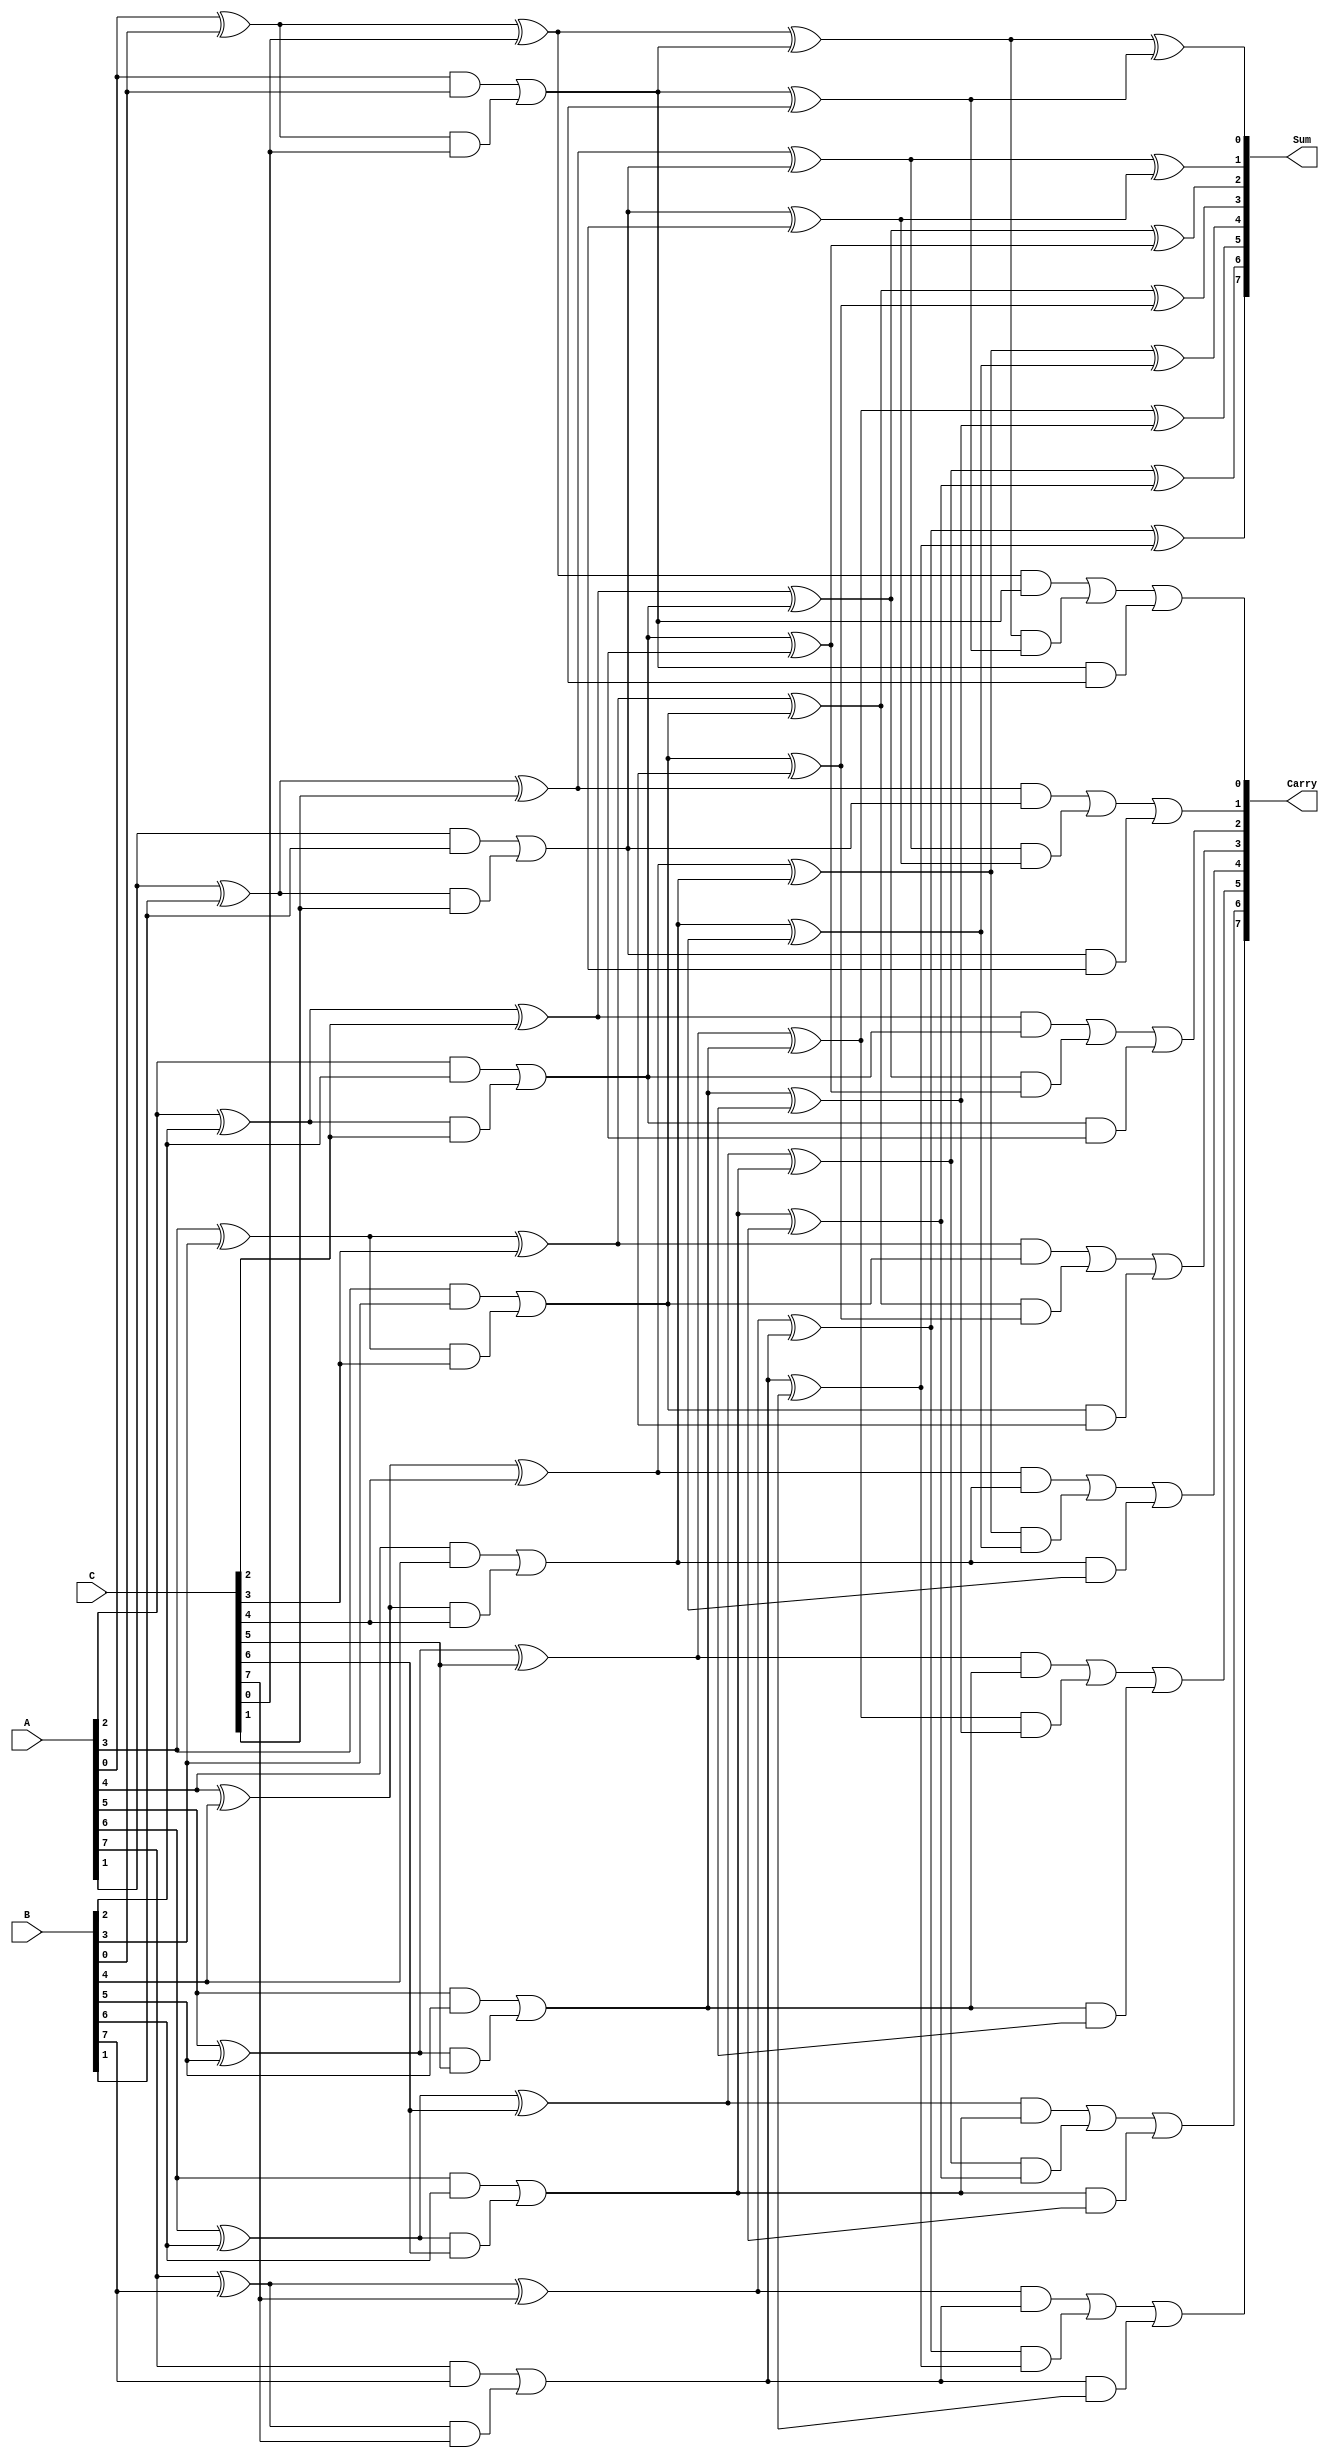
module CarrySaveAdder(
    input [N-1:0] A,  // First input
    input [N-1:0] B,  // Second input
    input [N-1:0] C,  // Third input
    output reg [N-1:0] Sum,  // Final Sum output
    output reg [N-1:0] Carry  // Final Carry output
);
    parameter N = 8;  // Width of the inputs, can be adjusted

    // Intermediate sums and carries
    wire [N-1:0] S, C1, S2, C2;

    // Carry Save Logic
    genvar i;
    generate
        for (i = 0; i < N; i = i + 1) begin: CSA_stage
            // Full adder for each bit position
            wire s1, c1, c2;
            assign s1 = A[i] ^ B[i];
            assign c1 = A[i] & B[i];
            assign S[i] = s1 ^ C[i];
            assign C1[i] = c1 | (s1 & C[i]);
            // Assigning carry to next stage
            assign C2[i] = C1[i];
        end
    endgenerate

    // Reduction Tree Logic
    wire [N-1:0] temp_sum [0:1];  // Temporary sums for reduction
    wire [N-1:0] temp_carry [0:1]; // Temporary carries for reduction

    // Stage 1 Reduction
    generate
        for (i = 0; i < N; i = i + 1) begin: reduction_stage1
            assign temp_sum[0][i] = S[i];
            assign temp_carry[0][i] = C1[i];
            assign temp_sum[1][i] = C2[i];
        end
    endgenerate

    // Stage 2 Reduction
    generate
        for (i = 0; i < N; i = i + 1) begin: reduction_stage2
            wire s1, c1, s2, c2;
            assign s1 = temp_sum[0][i] ^ temp_sum[1][i];
            assign c1 = temp_sum[0][i] & temp_sum[1][i];
            assign s2 = temp_carry[0][i] ^ temp_carry[1][i];
            assign c2 = temp_carry[0][i] & temp_carry[1][i];
            assign Sum[i] = s1 ^ s2;
            assign Carry[i] = c1 | (s1 & s2) | c2;
        end
    endgenerate

endmodule